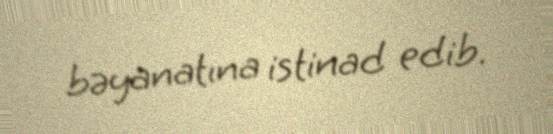
bəyanatına istinad edib.